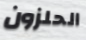
الحلزون